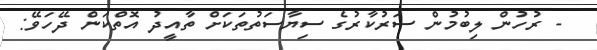
- ރުހުން ލިބުމުން ސަރުކާރުގެ ސިޔާސަތުތަކަށް ތާއީދު އޮތްކަން ދޭހަވޭ: